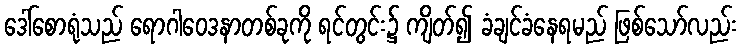
ဒေါ်စောရုံသည် ရောဂါဝေဒနာတစ်ခုကို ရင်တွင်း၌ ကျိတ်၍ ခံချင်ခံနေရမည် ဖြစ်သော်လည်း